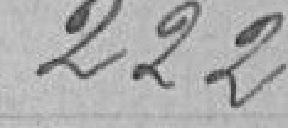
222